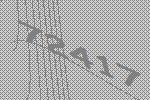
72417